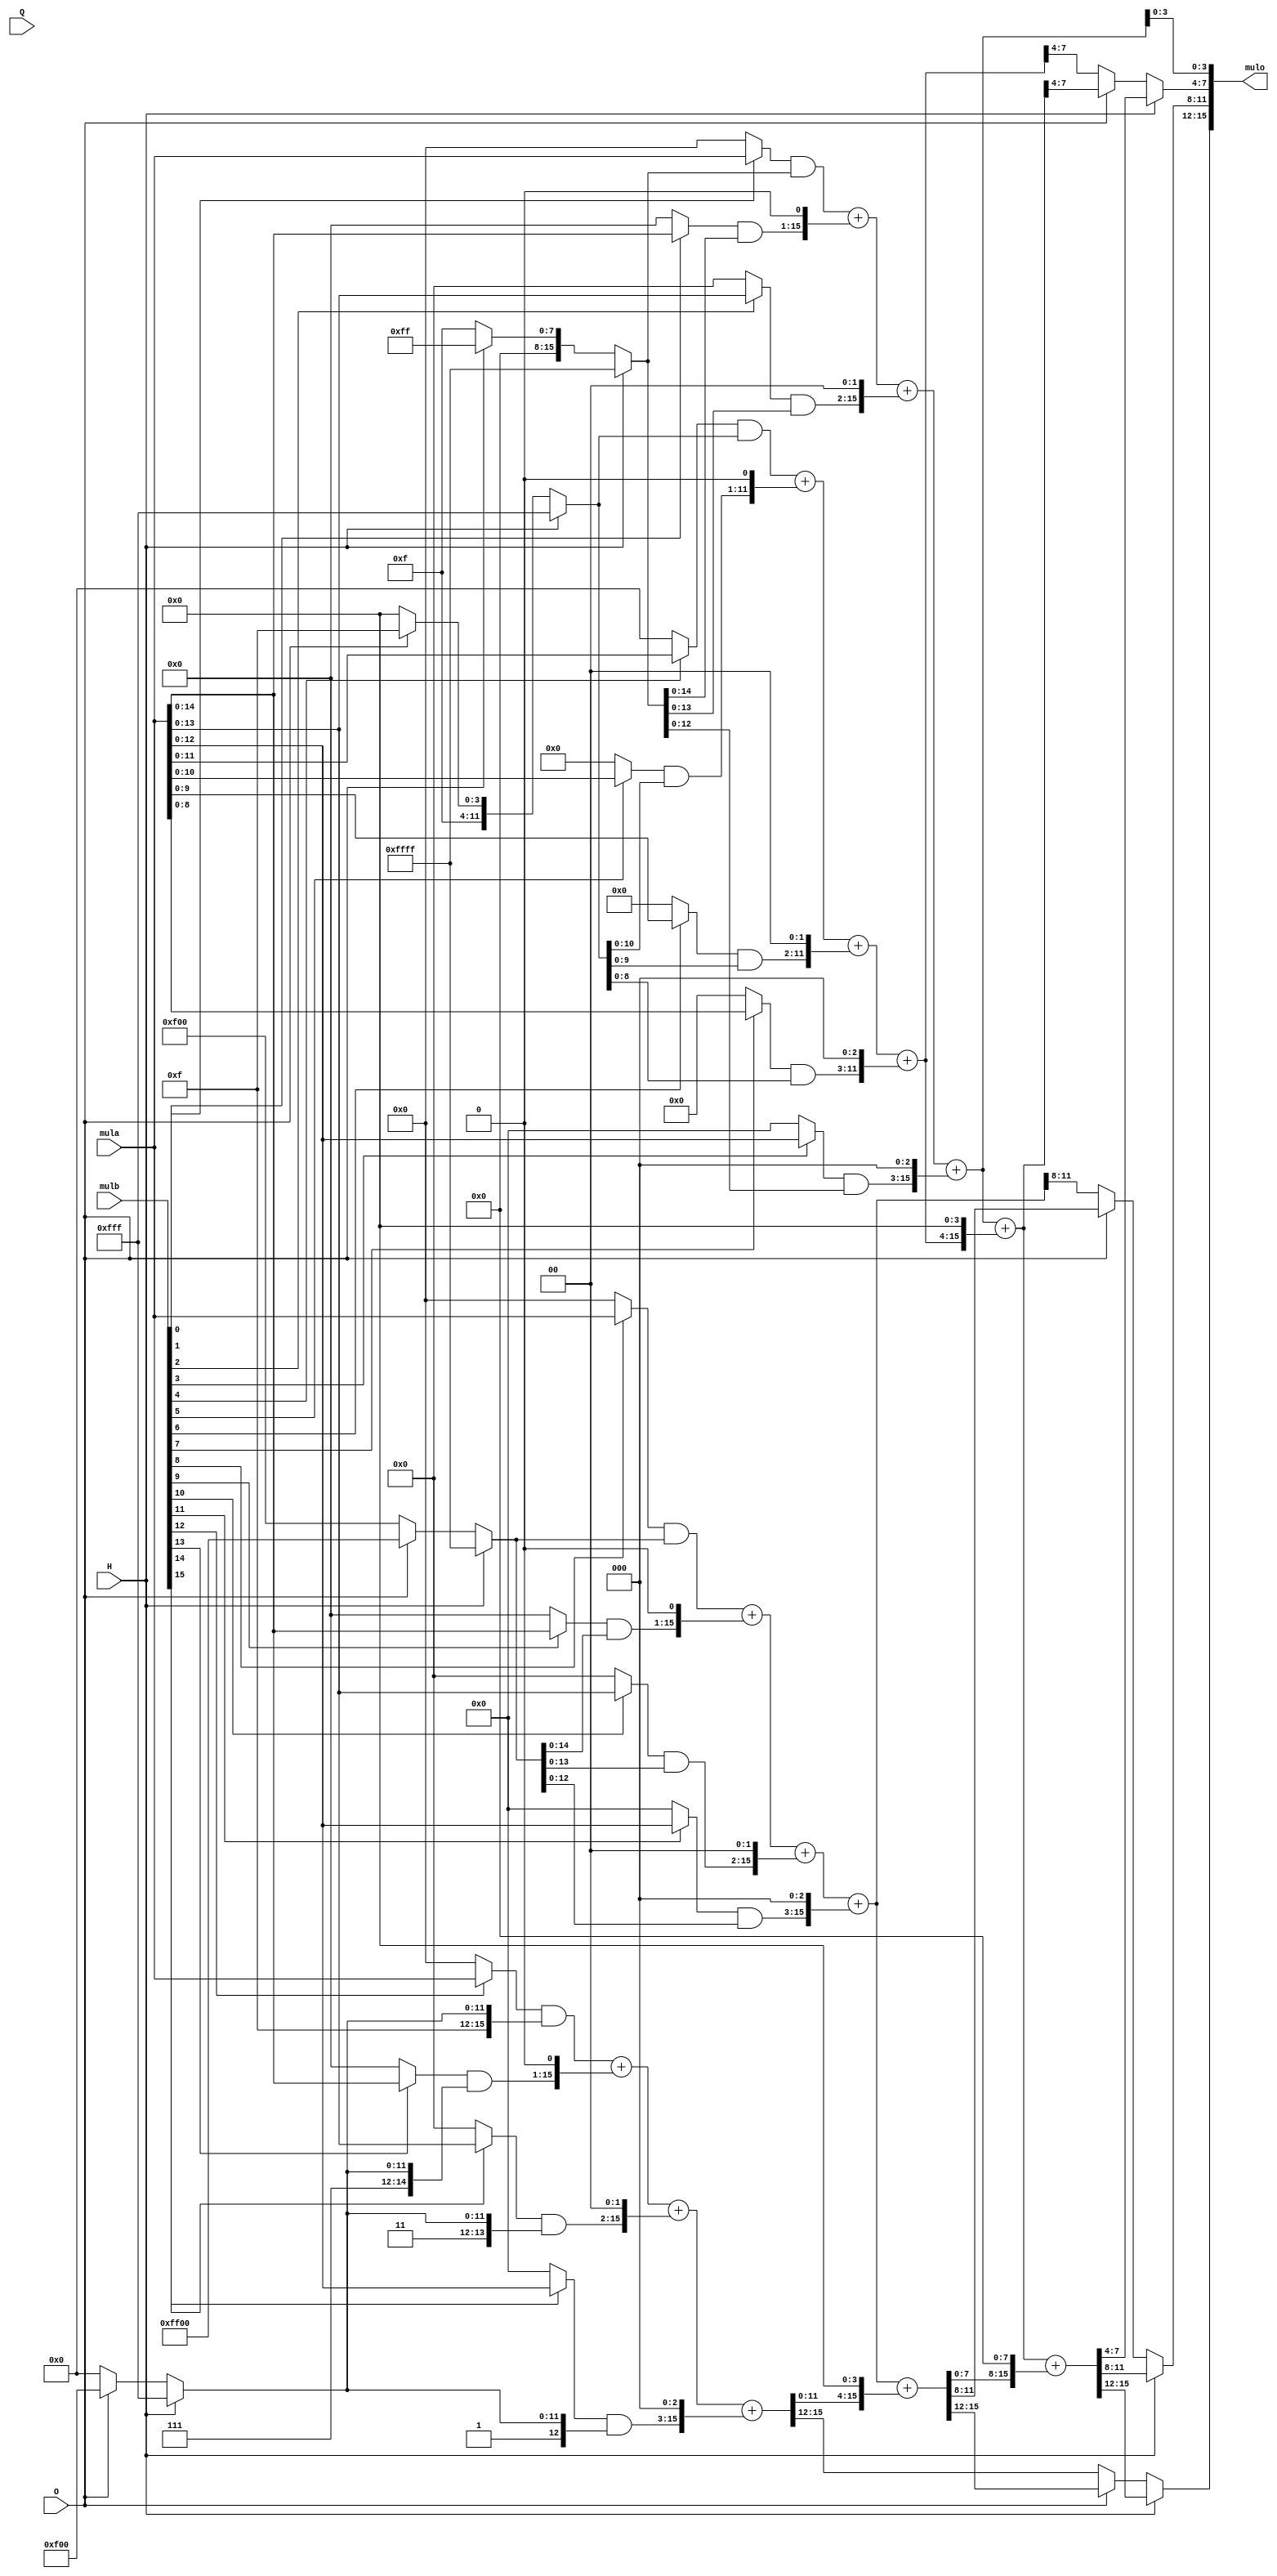
module SIMDmultiply(
        input [15:0] mula,
        input [15:0] mulb,
        input H,
        input O,
        input Q,
        output [15:0] mulo
    );
    
    
    wire [15:0] sel0 = H?16'hFFFF:(O?16'h00FF:16'h000F);
    wire [15:0] sel1 = H?16'hFFFF:(O?16'h00FF:16'h00F0);
    wire [15:0] sel2 = H?16'hFFFF:(O?16'hFF00:16'h0F00);
    wire [15:0] sel3 = H?16'hFFFF:(O?16'hFF00:16'hF000);
    
    wire [15:0] a0 = (mulb[0]?mula:16'h0000)&sel0;
    wire [15:0] a1 = (mulb[1]?mula:16'h0000)&sel0;
    wire [15:0] a2 = (mulb[2]?mula:16'h0000)&sel0;
    wire [15:0] a3 = (mulb[3]?mula:16'h0000)&sel0;
    wire [15:0] a4 = (mulb[4]?mula:16'h0000)&sel1;
    wire [15:0] a5 = (mulb[5]?mula:16'h0000)&sel1;
    wire [15:0] a6 = (mulb[6]?mula:16'h0000)&sel1;
    wire [15:0] a7 = (mulb[7]?mula:16'h0000)&sel1;
    wire [15:0] a8 = (mulb[8]?mula:16'h0000)&sel2;
    wire [15:0] a9 = (mulb[9]?mula:16'h0000)&sel2;
    wire [15:0] a10 = (mulb[10]?mula:16'h0000)&sel2;
    wire [15:0] a11 = (mulb[11]?mula:16'h0000)&sel2;
    wire [15:0] a12 = (mulb[12]?mula:16'h0000)&sel3;
    wire [15:0] a13 = (mulb[13]?mula:16'h0000)&sel3;
    wire [15:0] a14 = (mulb[14]?mula:16'h0000)&sel3;
    wire [15:0] a15 = (mulb[15]?mula:16'h0000)&sel3;
    
    wire [15:0] tm0,tm1,tm2,tm3;
    wire [15:0] tm00,tm11;
    wire [15:0] tm000;
    
    assign tm0  = a0   + (a1<<1)   +  (a2<<2)    +  (a3<<3);
    assign tm1  = a4   + (a5<<1)   +  (a6<<2)    +  (a7<<3);
    assign tm2  = a8   + (a9<<1)   +  (a10<<2)   +  (a11<<3);
    assign tm3  = a12  + (a13<<1)  +  (a14<<2)   +  (a15<<3);
    
    assign tm00 = tm0 + (tm1<<4);
    assign tm11 = tm2 + (tm3<<4);
   
    assign tm000 = tm00 + (tm11<<8); 
    
    wire [3:0] tm1h,tm1o,tm1q;
    wire [3:0] tm2h,tm2o,tm2q;
    wire [3:0] tm3h,tm3o,tm3q;
    
    assign mulo[3:0] = tm0[3:0];
    
    assign tm1h = tm000[7:4];    
    assign tm2h = tm000[11:8];     
    assign tm3h = tm000[15:12];    
    
    assign tm1o = tm00[7:4];    
    assign tm2o = tm11[11:8];    
    assign tm3o = tm11[15:12];
    
    assign tm1q = tm1[7:4];    
    assign tm2q = tm2[11:8];
    assign tm3q = tm3[15:12];
    
    assign mulo[7:4]   = H?tm1h:(O?tm1o:tm1q);
    assign mulo[11:8]  = H?tm2h:(O?tm2o:tm2q);
    assign mulo[15:12] = H?tm3h:(O?tm3o:tm3q);
    
    
endmodule